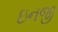
ઇનજી